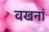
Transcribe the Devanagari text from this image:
वखनां